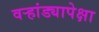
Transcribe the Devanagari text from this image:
वर्‍हांड्यापेक्षा